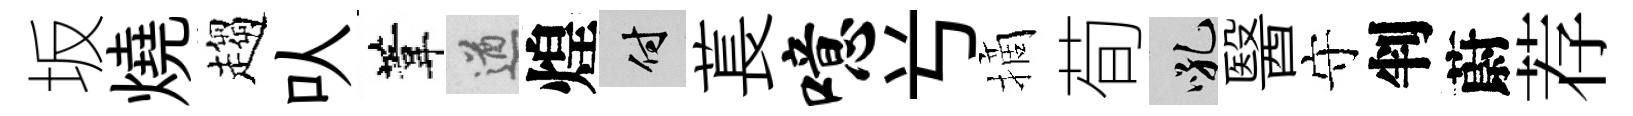
坂燒趨㕥葦遒煌付萇噫𠔃摘荀吼醫守判蔚荐